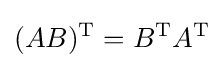
(AB)^{\text{T}}=B^{\text{T}}A^{\text{T}}